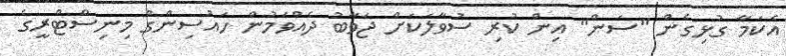
އެކަމާ ގުޅިގެން "ސަން" އިން ކުރި ސުވާލަކަށް ޖަވާބު ދެއްވަމުން ހައުސިންގް މިނިސްޓްރީގެ